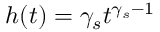
h ( t ) = \gamma _ { s } t ^ { \gamma _ { s } - 1 }